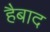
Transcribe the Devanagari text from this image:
हैबाद